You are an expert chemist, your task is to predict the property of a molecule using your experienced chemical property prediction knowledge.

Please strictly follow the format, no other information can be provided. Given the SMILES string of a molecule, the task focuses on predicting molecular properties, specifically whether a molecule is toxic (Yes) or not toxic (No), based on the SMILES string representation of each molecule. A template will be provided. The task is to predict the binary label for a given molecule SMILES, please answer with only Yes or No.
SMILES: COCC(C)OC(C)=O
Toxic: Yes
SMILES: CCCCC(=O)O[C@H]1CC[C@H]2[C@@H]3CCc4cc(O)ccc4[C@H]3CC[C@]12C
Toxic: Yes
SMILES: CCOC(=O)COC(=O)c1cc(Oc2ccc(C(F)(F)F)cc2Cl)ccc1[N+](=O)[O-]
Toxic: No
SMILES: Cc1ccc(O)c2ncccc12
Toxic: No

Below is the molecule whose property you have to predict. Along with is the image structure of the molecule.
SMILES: CC(=O)O[Si](C)(OC(C)=O)OC(C)=O
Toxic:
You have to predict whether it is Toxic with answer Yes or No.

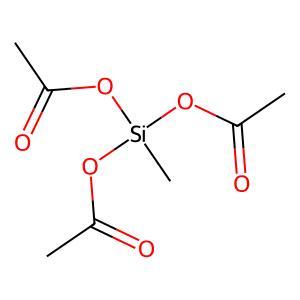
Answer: No